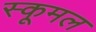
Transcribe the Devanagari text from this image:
स्कूमल